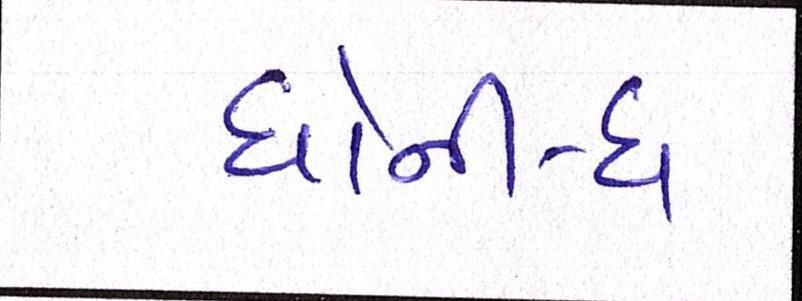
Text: ધોની-ધ